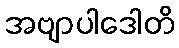
အဗျာပါဒေါတိ